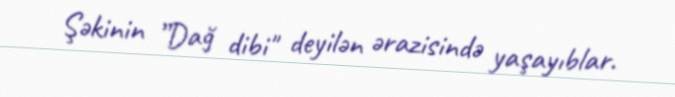
Şəkinin ”Dağ dibi" deyilən ərazisində yaşayıblar.